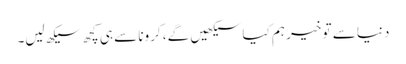
دنیا سے تو خیر ہم کیا سیکھیں گے، کرونا سے ہی کچھ سیکھ لیں۔